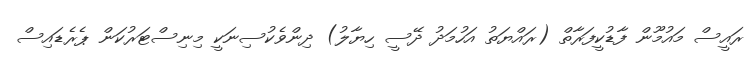
ރައީސް މައުމޫން ފާޑުކީފަރާތް (ރައްޔަތު އަހުމަދު ދޭސީ ހިޔާލު) ދިންވެކުސިނަކީ މިނިސްޓަރުކަން ޕެރެޑައިސް